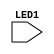
`timescale 1ns / 1ps
//////////////////////////////////////////////////////////////////////////////////
// Company: 
// Engineer: 
// 
// Design Name: 
// Module Name: Frequency Signal Detection
// Project Name: 
// Target Devices: 
// Tool Versions: 
// Description: 
// 
// Dependencies: 
// 
// Revision:
// Revision 0.01 - File Created
// Additional Comments:
// 
//////////////////////////////////////////////////////////////////////////////////


module Frequency_Signal_Detection(
    input LED1

    );
endmodule